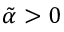
\tilde { \alpha } > 0